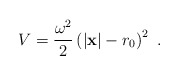
\begin{align*}V = \frac{\omega^2}{2}\left( |{\bf x}| - r_0\right)^2\ .\end{align*}